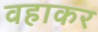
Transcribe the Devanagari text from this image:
वहाकर